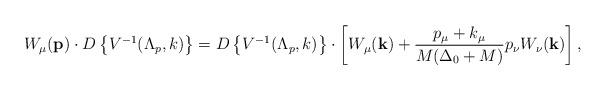
LaTeX: \begin{align*}W_\mu({\bf p})\cdot D\left \{ V^{-1}(\Lambda_{p}, k)\right \}= D\left \{ V^{-1}(\Lambda_{p}, k)\right \}\cdot\left [ W_\mu({\bf k})+\frac{p_\mu+k_\mu}{M(\Delta_0+M)}p_\nu W_\nu ({\bf k})\right ],\end{align*}